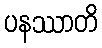
ပနဿာတိ